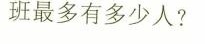
班最多有多少人?